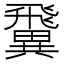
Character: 𩙺